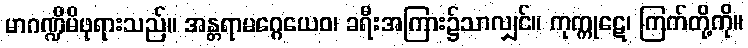
မာဂဏ္ဍိမိဖုရားသည်။ အန္တရာမဂ္ဂေယေဝ၊ ခရီးအကြား၌သာလျှင်။ ကုက္ကုဋေ၊ ကြက်တို့ကို။